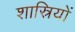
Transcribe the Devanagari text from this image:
शास्रियों